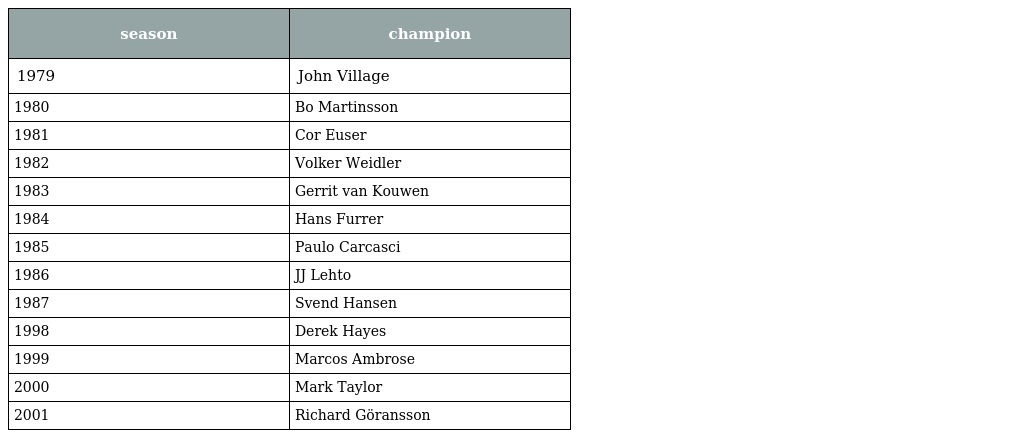
| season | champion |
 | --- | --- |
 | 1979 | John Village |
 | 1980 | Bo Martinsson |
 | 1981 | Cor Euser |
 | 1982 | Volker Weidler |
 | 1983 | Gerrit van Kouwen |
 | 1984 | Hans Furrer |
 | 1985 | Paulo Carcasci |
 | 1986 | JJ Lehto |
 | 1987 | Svend Hansen |
 | 1998 | Derek Hayes |
 | 1999 | Marcos Ambrose |
 | 2000 | Mark Taylor |
 | 2001 | Richard Göransson |